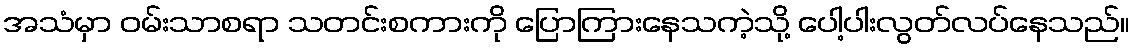
အသံမှာ ဝမ်းသာစရာ သတင်းစကားကို ပြောကြားနေသကဲ့သို့ ပေါ့ပါးလွတ်လပ်နေသည်။